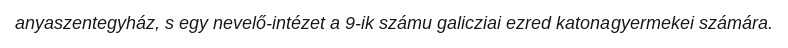
anyaszentegyház, s egy nevelő-intézet a 9-ik számu galicziai ezred katonagyermekei számára.